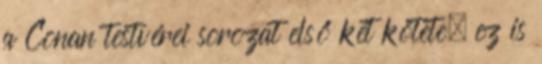
a Conan testvérei sorozat első két kötete, ez is